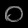
Digit: ၀